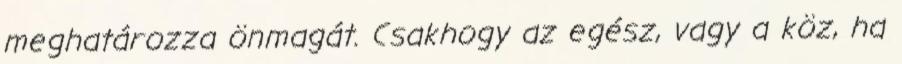
meghatározza önmagát. Csakhogy az egész, vagy a köz, ha